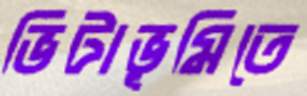
ভিটাভূমিতে